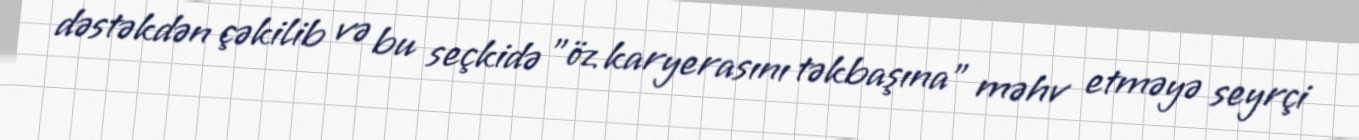
dəstəkdən çəkilib və bu seçkidə "öz karyerasını təkbaşına" məhv etməyə seyrçi